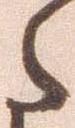
た